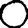
Digit: 0